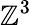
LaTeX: \mathbb{Z}^{3}